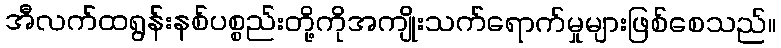
အီလက်ထရွန်းနစ်ပစ္စည်းတို့ကိုအကျိုးသက်ရောက်မှုများဖြစ်စေသည်။